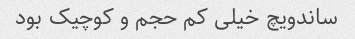
ساندویچ خیلی کم حجم و کوچیک بود